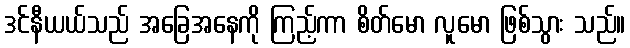
ဒင်နီယယ်သည် အခြေအနေကို ကြည့်ကာ စိတ်မော လူမော ဖြစ်သွား သည်။